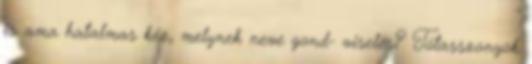
is ama hatalmas kéz, melynek neve gond- viselés? Tótasszonyok